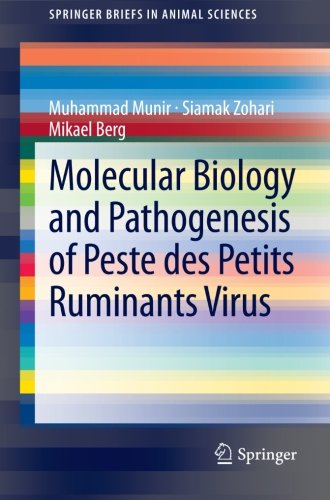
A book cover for Molecular Biology and Pathogenesis of Peste des Petits Ruminants Virus (SpringerBriefs in Animal Sciences); Muhammad Munir; Medical Books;